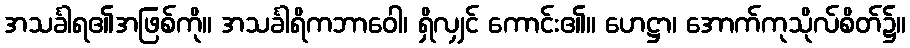
အသင်္ခါရ၏အဖြစ်ကို။ အသင်္ခါရိကဘာဝေါ၊ ရှိလျှင် ကောင်း၏။ ဟေဋ္ဌာ၊ အောက်ကုသိုလ်စိတ်၌။